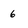
Character: 6